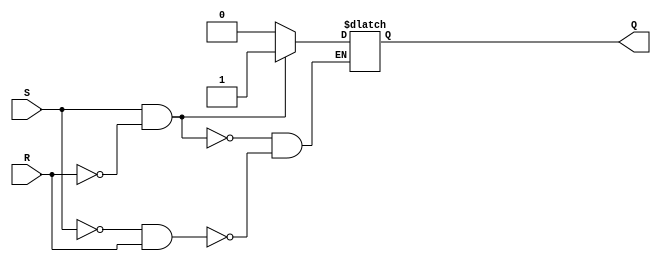
module SR_latch (
    input S,
    input R,
    output reg Q
);

always @ (S or R)
begin
    if (S && !R)
        Q <= 1'b1;
    else if (!S && R)
        Q <= 1'b0;
end

endmodule